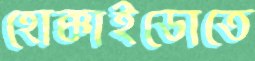
হোক্কাইডোতে